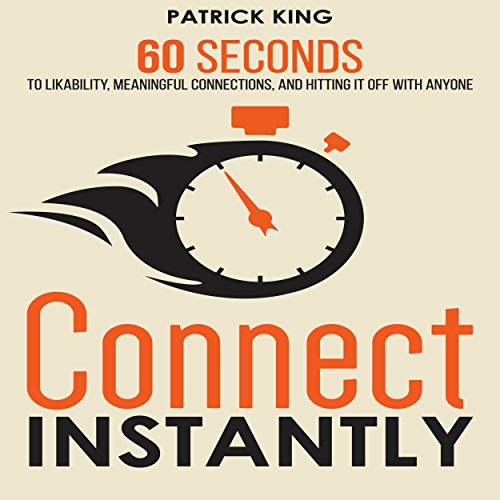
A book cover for Connect Instantly: 60 Seconds to Likability, Meaningful Connections, and Hitting It Off With Anyone; Patrick King; Self-Help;